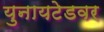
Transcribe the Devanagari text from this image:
युनायटेडवर